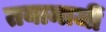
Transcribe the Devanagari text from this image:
तयामाजीं